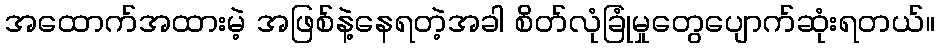
အထောက်အထားမဲ့ အဖြစ်နဲ့နေရတဲ့အခါ စိတ်လုံခြုံမှုတွေပျောက်ဆုံးရတယ်။